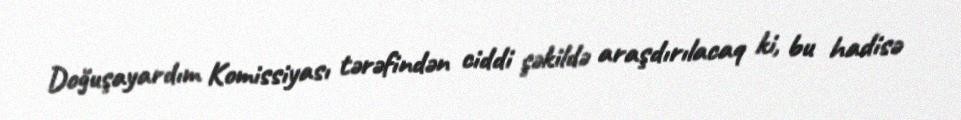
Doğuşayardım Komissiyası tərəfindən ciddi şəkildə araşdırılacaq ki, bu hadisə